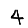
Digit: 4